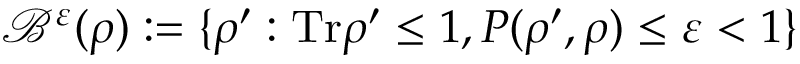
\mathcal { B } ^ { \varepsilon } ( \rho ) : = \{ \rho ^ { \prime } : \mathrm { T r } \rho ^ { \prime } \leq 1 , P ( \rho ^ { \prime } , \rho ) \leq \varepsilon < 1 \}